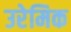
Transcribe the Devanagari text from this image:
उरेमिक